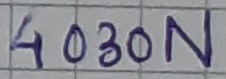
Text: 4030N